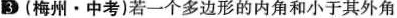
B(梅州·中考)若一个多边形的内角和小于其外角